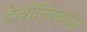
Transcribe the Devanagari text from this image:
देवीनिलयम